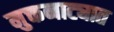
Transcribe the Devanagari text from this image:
मुक्तनाट्यात